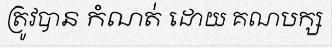
ត្រូវបាន កំណត់ ដោយ គណបក្ស